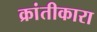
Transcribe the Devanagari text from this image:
क्रांतीकारा